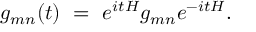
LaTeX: g _ { m n } ( t ) ~ = ~ e ^ { i t H } g _ { m n } e ^ { - i t H } .